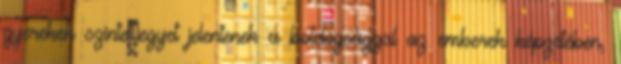
gyerekek szinte egyet jelentenek a boldogsággal az emberek képzetében,